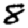
Digit: 8